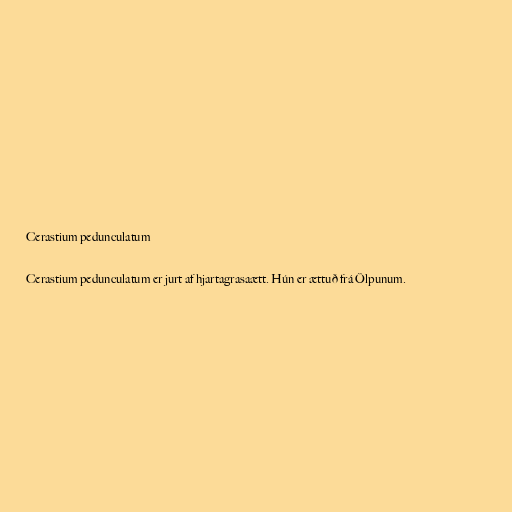
Cerastium pedunculatum

Cerastium pedunculatum er jurt af hjartagrasaætt. Hún er ættuð frá Ölpunum.